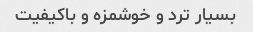
بسیار ترد و خوشمزه و باکیفیت